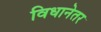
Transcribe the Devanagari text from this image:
विधानेतर